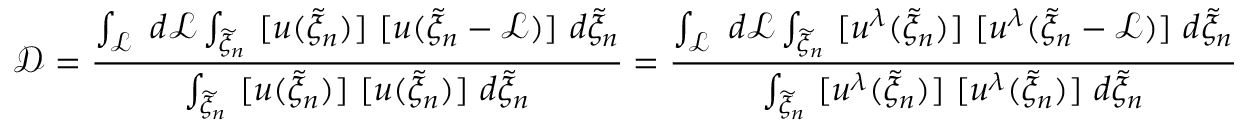
\mathcal { D } = \frac { \int _ { \mathcal { L } } ~ d \mathcal { L } \int _ { \widetilde { \xi } _ { n } } ~ [ u ( \widetilde { \xi } _ { n } ) ] ~ [ u ( \widetilde { \xi } _ { n } - \mathcal { L } ) ] ~ d \widetilde { \xi } _ { n } } { \int _ { \widetilde { \xi } _ { n } } ~ [ u ( \widetilde { \xi } _ { n } ) ] ~ [ u ( \widetilde { \xi } _ { n } ) ] ~ d \widetilde { \xi } _ { n } } = \frac { \int _ { \mathcal { L } } ~ d \mathcal { L } \int _ { \widetilde { \xi } _ { n } } ~ [ u ^ { \lambda } ( \widetilde { \xi } _ { n } ) ] ~ [ u ^ { \lambda } ( \widetilde { \xi } _ { n } - \mathcal { L } ) ] ~ d \widetilde { \xi } _ { n } } { \int _ { \widetilde { \xi } _ { n } } ~ [ u ^ { \lambda } ( \widetilde { \xi } _ { n } ) ] ~ [ u ^ { \lambda } ( \widetilde { \xi } _ { n } ) ] ~ d \widetilde { \xi } _ { n } }